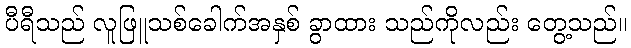
ပီရီသည် လူဖြူသစ်ခေါက်အနှစ် ခွာထား သည်ကိုလည်း တွေ့သည်။